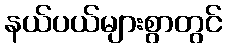
နယ်ပယ်များစွာတွင်